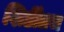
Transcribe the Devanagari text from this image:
शिर्डीतच